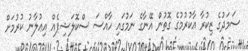
ސަމަދުގެ ޒިކުރާ އާކުރުމުގެ ގޮތުން އޭނާގެ ނަމުގައި ހާއްސަ ސްކޮލަޝިޕެއް އިޢުލާނު ކުރުމަށް